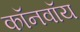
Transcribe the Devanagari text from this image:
कॉनवॉय